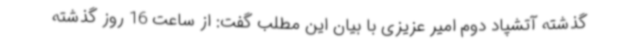
گذشته آتشپاد دوم امیر عزیزی با بیان این مطلب گفت: از ساعت 16 روز گذشته